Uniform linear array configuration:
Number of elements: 4
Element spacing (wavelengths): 1
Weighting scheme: binomial
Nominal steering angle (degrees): -15
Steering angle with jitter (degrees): -15.671
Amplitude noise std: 0.05
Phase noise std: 0.05

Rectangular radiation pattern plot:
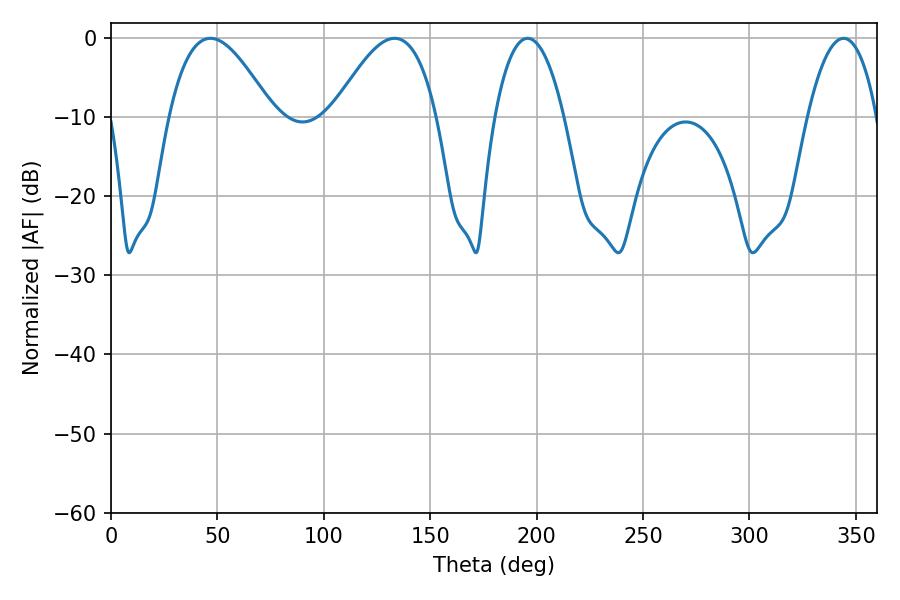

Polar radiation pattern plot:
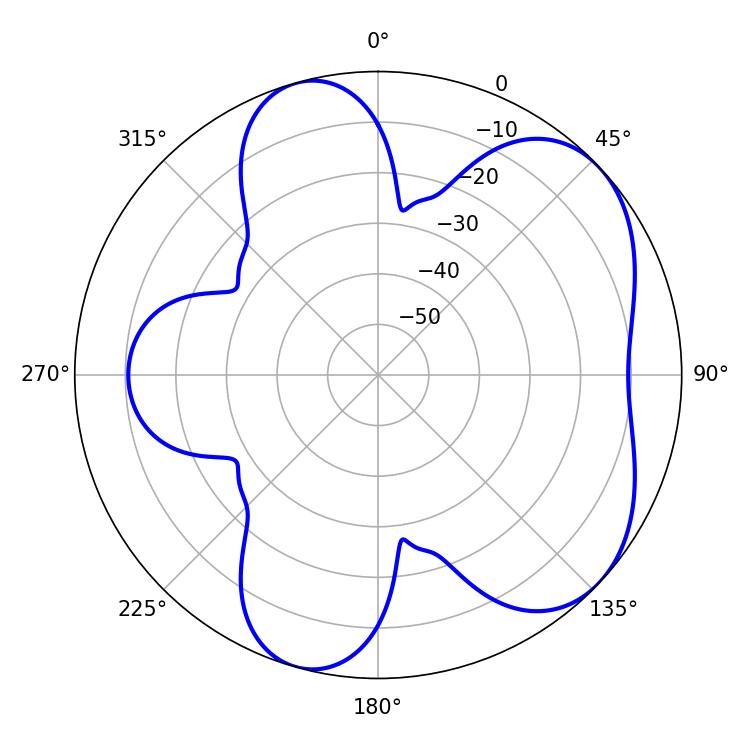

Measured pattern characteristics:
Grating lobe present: TRUE
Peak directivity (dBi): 5.584
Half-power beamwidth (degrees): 26.46
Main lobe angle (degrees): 46.8